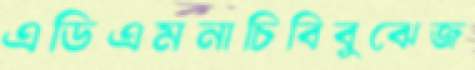
এডিএমনাচিবিবুঝেজ